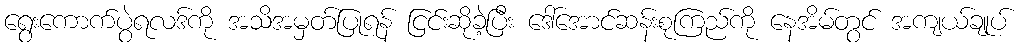
ရွေးကောက်ပွဲရလဒ်ကို အသိအမှတ်ပြုရန် ငြင်းဆိုခဲ့ပြီး ဒေါ်အောင်ဆန်းစုကြည်ကို နေအိမ်တွင် အကျယ်ချုပ်